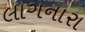
લાગનારા